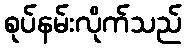
စုပ်နမ်းလိုက်သည်